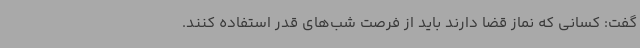
گفت: کسانی که نماز قضا دارند باید از فرصت شب‌های قدر استفاده کنند.